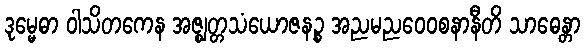
ဒုမ္မေဓာ ဝါသိတကေန အဇ္ဈတ္တသံယောဇနဉ္စ အညမညဝေဝစနာနီတိ သာဓေန္တာ